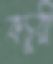
কচুরী